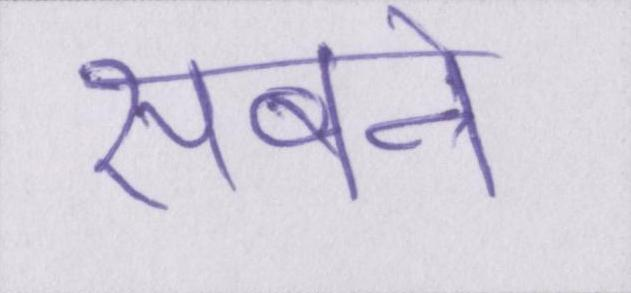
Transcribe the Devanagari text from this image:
सबने